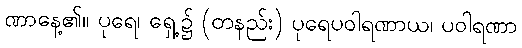
ဏာနေ့၏။ ပုရေ၊ ရှေ့၌ (တနည်း) ပုရေပဝါရဏာယ၊ ပဝါရဏာ